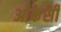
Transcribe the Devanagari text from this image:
ओकेसी